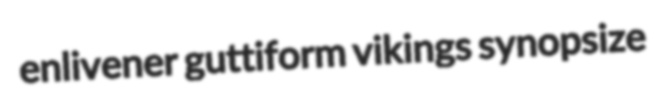
enlivener guttiform vikings synopsize